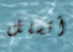
أتسلل